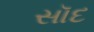
સૉદ